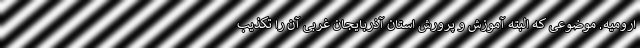
ارومیه. موضوعی که البته آموزش و پرورش استان آذربایجان غربی آن را تکذیب